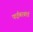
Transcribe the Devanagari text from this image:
फईबरबोर्ड